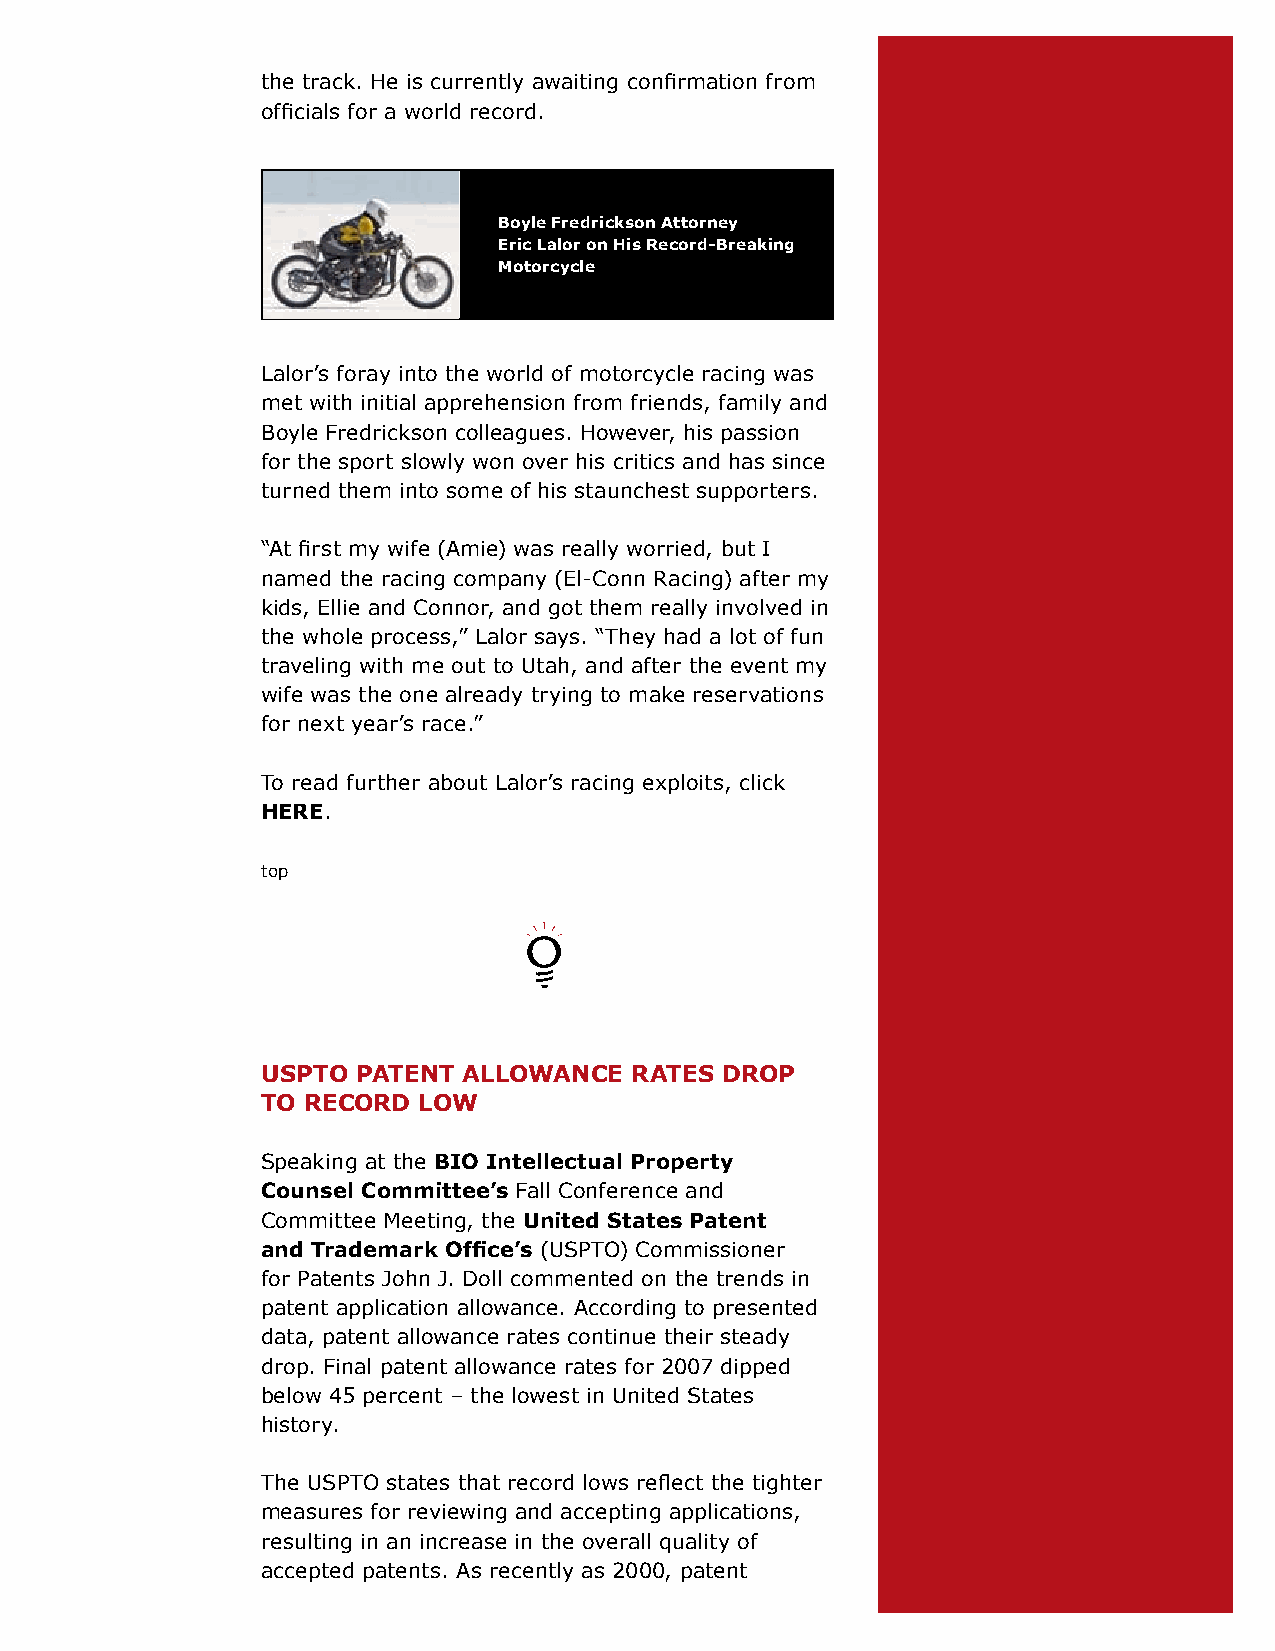
the track. He is currently awaiting confirmation from
 officials for a world record.
 boyle Fredrickson attorney
 eric Lalor on his record-breaking
 Motorcycle
 Lalor’s foray into the world of motorcycle racing was
 met with initial apprehension from friends, family and
 Boyle Fredrickson colleagues. However, his passion
 for the sport slowly won over his critics and has since
 turned them into some of his staunchest supporters.
 “At first my wife (Amie) was really worried, but I
 named the racing company (El-Conn Racing) after my
 kids, Ellie and Connor, and got them really involved in
 the whole process,” Lalor says. “They had a lot of fun
 traveling with me out to Utah, and after the event my
 wife was the one already trying to make reservations
 for next year’s race.”
 To read further about Lalor’s racing exploits, click
 here.
 top
 uSPto  Patent aLLowanCe  rateS droP
 to reCord  Low
 Speaking at the bIo Intellectual Property
 Counsel Committee’s Fall Conference and
 Committee Meeting, the united States Patent
 and Trademark Office’s (USPTO) Commissioner
 for Patents John J. Doll commented on the trends in
 patent application allowance. According to presented
 data, patent allowance rates continue their steady
 drop. Final patent allowance rates for 2007 dipped
 below 45 percent – the lowest in United States
 history.
 The USPTO states that record lows reflect the tighter
 measures for reviewing and accepting applications,
 resulting in an increase in the overall quality of
 accepted patents. As recently as 2000, patent